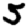
Digit: 5